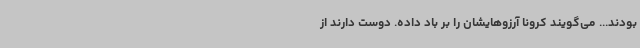
بودند... می‌گویند کرونا آرزوهایشان را بر باد داده. دوست دارند از